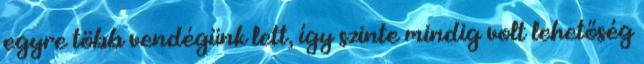
egyre több vendégünk lett, így szinte mindig volt lehetőség